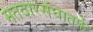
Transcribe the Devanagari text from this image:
मतदारसंघातर्फे